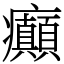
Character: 癲